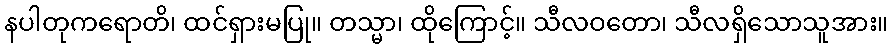
နပါတုကရောတိ၊ ထင်ရှားမပြု။ တသ္မာ၊ ထိုကြောင့်။ သီလဝတော၊ သီလရှိသောသူအား။